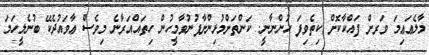
މާލެޢަޢިމަ ވަރށް ފައްކާކޮށް ކިތެވިފަ ހުންނާނީ. ކަންތަށްމުޅިންށާފުނުވާމީހުން ހިތައްއަރާނެ މިވެސް ޢާވައުދެކޭ ބުނެލީހަމަ